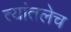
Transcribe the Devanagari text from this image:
त्यांतलेच